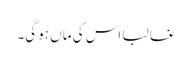
غالباً اس کی ماں ہو گی۔